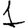
Digit: 1